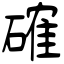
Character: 確